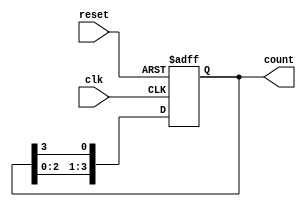
module ring_counter (
    input wire clk,           // Clock input
    input wire reset,         // Asynchronous reset input
    output reg [N-1:0] count  // Output representing the current state
);
    parameter N = 4;          // Number of flip-flops (states)

    // Initial state: only the first flip-flop is set
    initial begin
        count = 1'b1;         // Start with '0001' for N=4
    end

    always @(posedge clk or posedge reset) begin
        if (reset) begin
            count <= 1'b1;     // Reset to '0001'
        end else begin
            // Shift the '1' to the left and wrap around
            count <= {count[N-2:0], count[N-1]};
        end
    end
endmodule